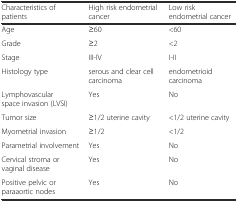
| Characteristics of patients | High risk endometrial cancer | Low risk endometrial cancer |
 | --- | --- | --- |
 | Age | ≥60 | <60 |
 | Grade | ≥2 | <2 |
 | Stage | III-IV | I-II |
 | Histology type | serous and clear cell carcinoma | endometrioid carcinoma |
 | Lymphovascular space invasion (LVSI) | Yes | No |
 | Tumor size | ≥1/2 uterine cavity | <1/2 uterine cavity |
 | Myometrial invasion | ≥1/2 | <1/2 |
 | Parametrial involvement | Yes | No |
 | Cervical stroma or vaginal disease | Yes | No |
 | Positive pelvic or paraaortic nodes | Yes | No |